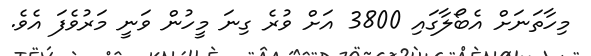
މިހާތަނަށް އެބޯލާގައި 3800 އަށް ވުރެ ގިނަ މީހުން ވަނީ މަރުވެފަ އެވެ.